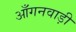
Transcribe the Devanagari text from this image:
आँगनवाड़ी